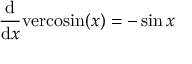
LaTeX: { \frac { \mathrm { d } } { \mathrm { d } x } } \mathrm { v e r c o s i n } ( x ) = - \sin { x }